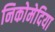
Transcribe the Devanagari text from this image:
निकोमेदिया